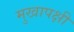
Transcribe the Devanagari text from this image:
मुखापक्षी